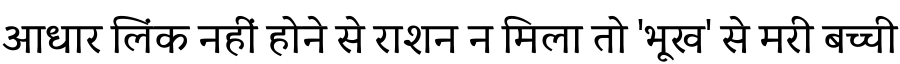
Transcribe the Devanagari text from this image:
आधार लिंक नहीं होने से राशन न मिला तो 'भूख' से मरी बच्ची